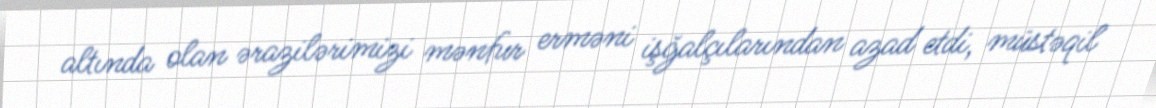
altında olan ərazilərimizi mənfur erməni işğalçılarından azad etdi, müstəqil